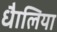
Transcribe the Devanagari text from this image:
धैालिया